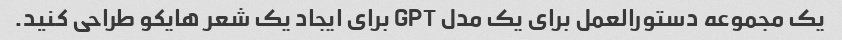
یک مجموعه دستورالعمل برای یک مدل GPT برای ایجاد یک شعر هایکو طراحی کنید.